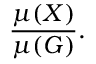
{ \frac { \mu ( X ) } { \mu ( G ) } } .